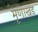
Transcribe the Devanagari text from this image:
मृणाखंड